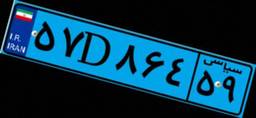
۵۷D۸۶۴۵۹